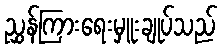
ညွှန်ကြားရေးမှူးချုပ်သည်